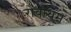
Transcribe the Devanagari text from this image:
रोबॉथम